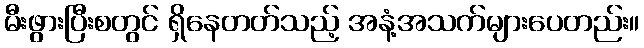
မီးဖွားပြီးစတွင် ရှိနေတတ်သည့် အနံ့အသက်များပေတည်း။